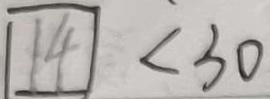
1 4 < 3 0